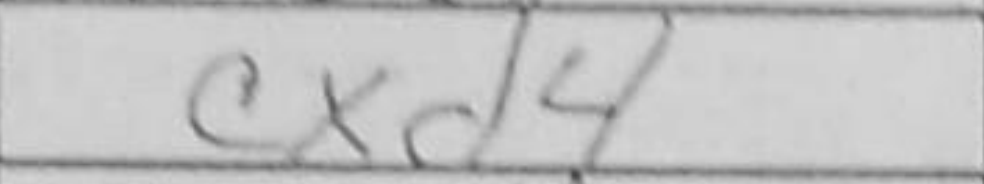
Transcription: cxd4